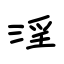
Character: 淫